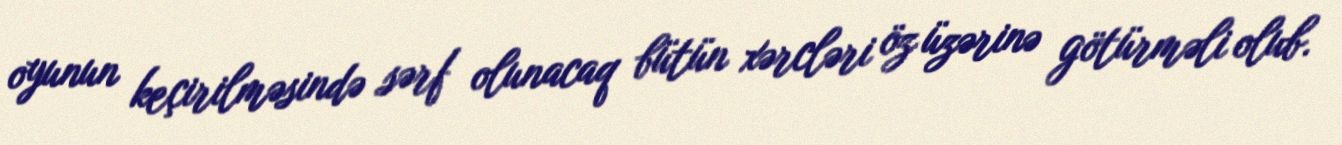
oyunun keçirilməsində sərf olunacaq bütün xərcləri öz üzərinə götürməli olub.